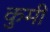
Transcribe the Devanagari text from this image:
कुमी